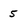
Character: 5